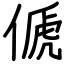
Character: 傂